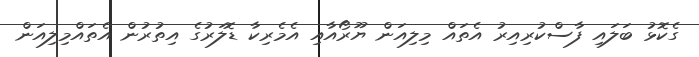
ގެކޮޅު ބަލައި ފާސްކުރިއިރު އެތައް މިލިއަން ޔޫރޯއާއި އެމެރިކާ ޑޮލަރުގެ އިތުރުން އެތައްމިލިއަން